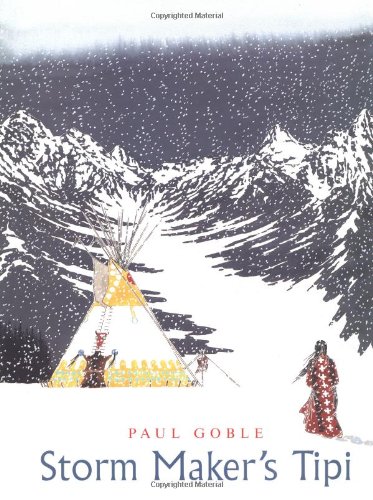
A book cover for Storm Maker's Tipi; Paul Goble; Children's Books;